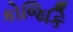
કોજિકિ